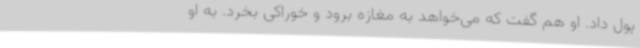
پول داد. او هم گفت که می‌خواهد به مغازه برود و خوراکی بخرد. به او